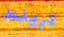
ترينت